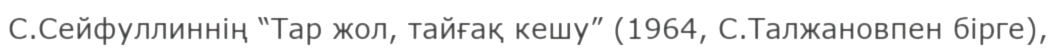
С.Сейфуллиннің “Тар жол, тайғақ кешу” (1964, С.Талжановпен бірге),